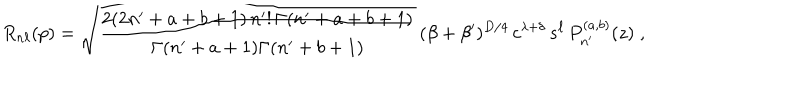
R _ { n \ell } ( p ) = \sqrt { \frac { 2 ( 2 n ^ { \prime } + a + b + 1 ) \, n ^ { \prime } ! \, \Gamma ( n ^ { \prime } + a + b + 1 ) } { \Gamma ( n ^ { \prime } + a + 1 ) \Gamma ( n ^ { \prime } + b + 1 ) } } \, ( \beta + \beta ^ { \prime } ) ^ { D / 4 } \, c ^ { \lambda + \delta } \, s ^ { \ell } \, P _ { n ^ { \prime } } ^ { ( a , b ) } ( z ) \; ,